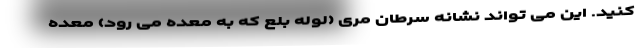
کنید. این می تواند نشانه سرطان مری (لوله بلع که به معده می رود) معده